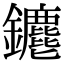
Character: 𨰅